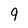
Character: 9